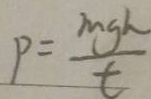
P = \frac { m g h } { t }